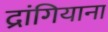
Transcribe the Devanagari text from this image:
द्रांगियाना